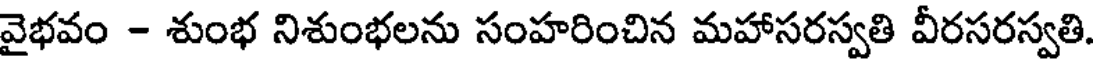
వైభవం - శుంభ నిశుంభలను సంహరించిన మహాసరస్వతి వీరసరస్వతి